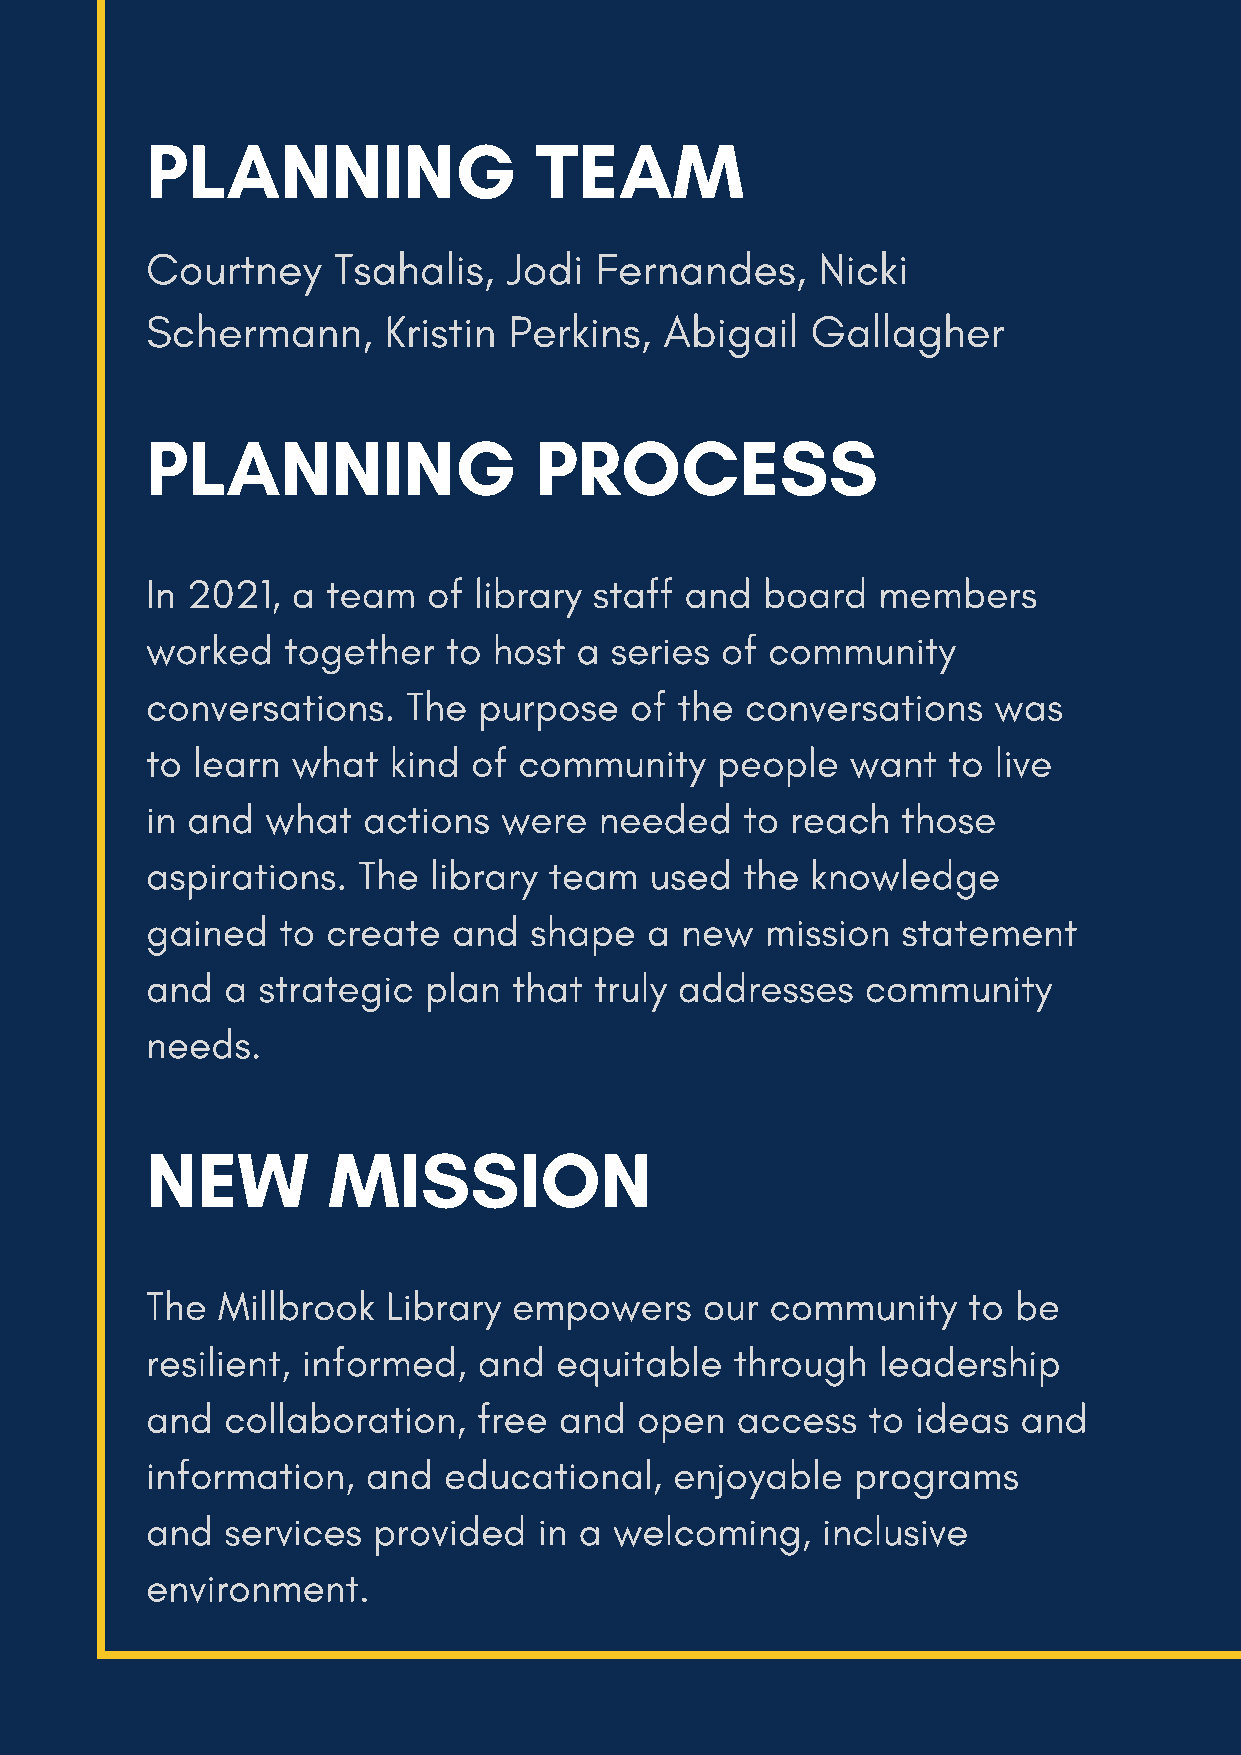
PLANNING                 TEAM
 Courtney    Tsahalis,   Jodi Fernandes,     Nicki
 Schermann,     Kristin  Perkins,  Abigail   Gallagher
 PLANNING                 PROCESS
 In 2021, a  team  of library staff and  board   members
 worked   together  to  host a series  of community
 conversations.   The  purpose   of the conversations    was
 to learn what   kind of community    people   want   to live
 in and  what  actions  were   needed   to reach   those
 aspirations.  The library team   used  the  knowledge
 gained  to  create  and  shape   a new   mission  statement
 and  a strategic  plan  that truly addresses   community
 needs.
 NEW         MISSION
 The Millbrook   Library empowers     our community    to be
 resilient, informed,  and  equitable   through  leadership
 and  collaboration,   free and  open   access  to  ideas  and
 information,  and  educational,    enjoyable   programs
 and  services  provided   in a welcoming,   inclusive
 environment.